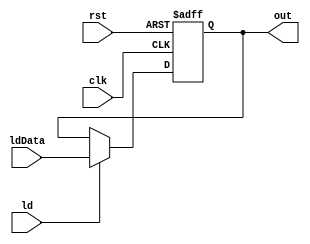
module Reg #(
    parameter N = 16
)(
    input ld, clk, rst,
    input [N-1:0] ldData,
    output reg [N-1:0] out
);
    always @(posedge clk or posedge rst) begin
        if (rst) out <= {N{1'b0}};
        else if (ld) out <= ldData;
    end
endmodule